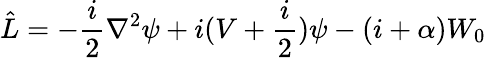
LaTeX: \hat{L}=-\frac{i}{2}\nabla^{2}\psi+i(V+\frac{i}{2})\psi-(i+\alpha)W_{0}